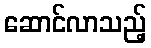
ဆောင်လာသည့်